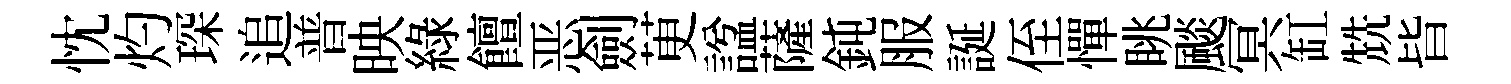
忱灼琛追普映綠饘恶劍茰諡薩鈍服誕侄憚眺颷冥缸兟𣅜